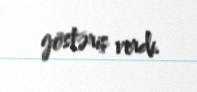
göstəriş verdi.